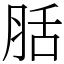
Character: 䏦